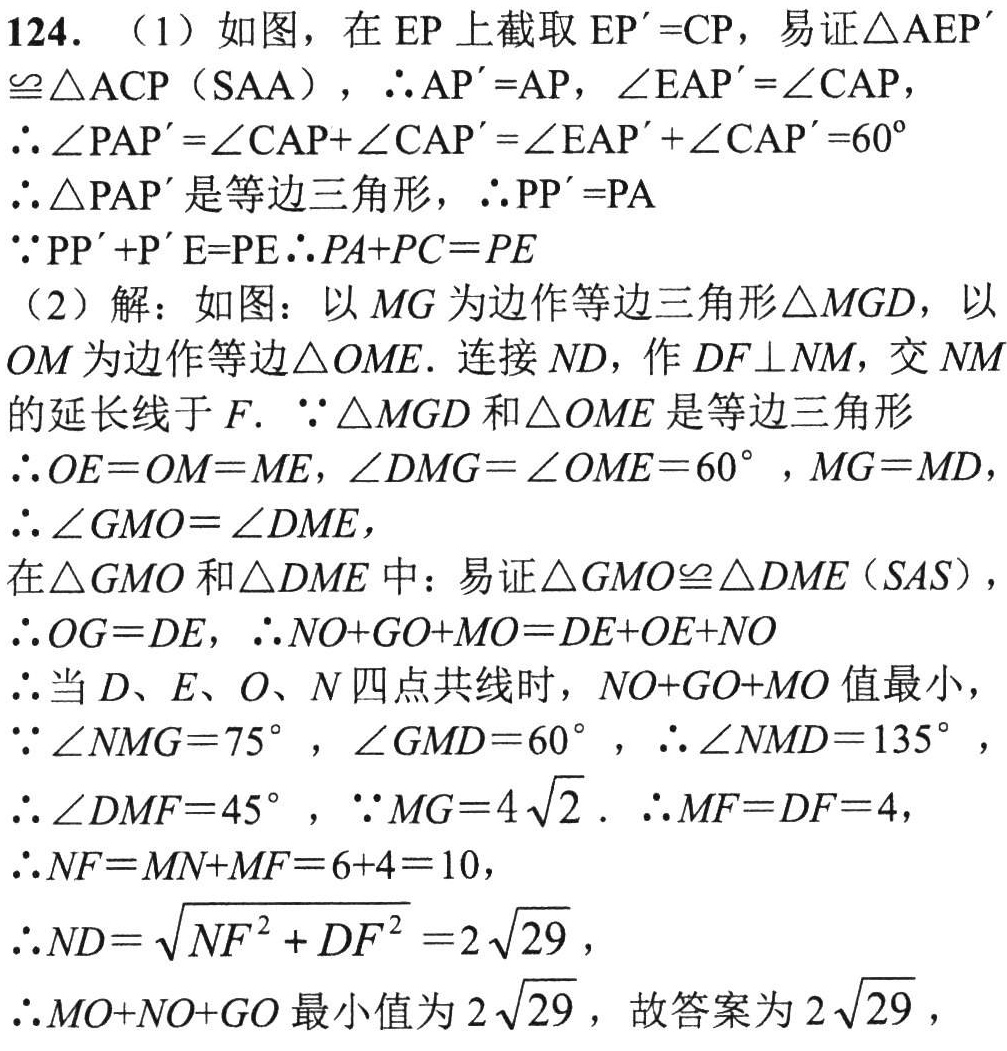
124. （1）如图，在 \(EP\) 上截取 \(EP' = CP\)，易证\(\triangle AEP'\cong\triangle ACP\)（SAA），\(\therefore AP' = AP\)，\(\angle EAP'=\angle CAP\)，
\(\therefore\angle PAP'=\angle CAP+\angle CAP'=\angle EAP'+\angle CAP' = 60^{\circ}\)
\(\therefore\triangle PAP'\)是等边三角形，\(\therefore PP' = PA\)
\(\because PP'+P'E = PE\therefore PA + PC=PE\)
（2）解：如图：以 \(MG\) 为边作等边三角形\(\triangle MGD\)，以 \(OM\) 为边作等边\(\triangle OME\). 连接 \(ND\)，作 \(DF\perp NM\)，交 \(NM\) 的延长线于 \(F\). \(\because\triangle MGD\) 和\(\triangle OME\) 是等边三角形
\(\therefore OE = OM = ME\)，\(\angle DMG=\angle OME = 60^{\circ}\)，\(MG = MD\)，
\(\therefore\angle GMO=\angle DME\)，
在\(\triangle GMO\) 和\(\triangle DME\) 中：易证\(\triangle GMO\cong\triangle DME\)（\(SAS\)），
\(\therefore OG = DE\)，\(\therefore NO + GO+MO=DE + OE+NO\)
\(\therefore\)当 \(D\)、\(E\)、\(O\)、\(N\) 四点共线时，\(NO + GO+MO\) 值最小，
\(\because\angle NMG = 75^{\circ}\)，\(\angle GMD = 60^{\circ}\)，\(\therefore\angle NMD = 135^{\circ}\)，
\(\therefore\angle DMF = 45^{\circ}\)，\(\because MG = 4\sqrt{2}\). \(\therefore MF = DF = 4\)，
\(\therefore NF=MN + MF=6 + 4 = 10\)，
\(\therefore ND=\sqrt{NF^{2}+DF^{2}}=2\sqrt{29}\)，
\(\therefore MO + NO+GO\) 最小值为 \(2\sqrt{29}\)，故答案为 \(2\sqrt{29}\)，